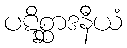
ပဋိစ္ဆာဒနီယံ